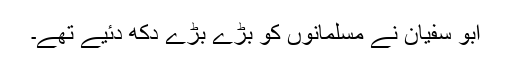
ابو سفیان نے مسلمانوں کو بڑے بڑے دکھ دئیے تھے۔